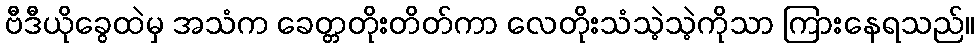
ဗီဒီယိုခွေထဲမှ အသံက ခေတ္တတိုးတိတ်ကာ လေတိုးသံသဲ့သဲ့ကိုသာ ကြားနေရသည်။